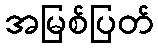
အမြစ်ပြတ်